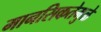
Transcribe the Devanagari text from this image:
मानसिकतेमुळे